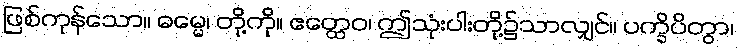
ဖြစ်ကုန်သော။ ဓမ္မေ၊ တို့ကို။ ဧတ္ထေဝ၊ ဤသုံးပါးတို့၌သာလျှင်။ ပက္ခိပိတွာ၊